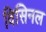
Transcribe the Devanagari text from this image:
विसिनल